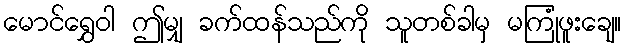
မောင်ရွှေဝါ ဤမျှ ခက်ထန်သည်ကို သူတစ်ခါမှ မကြုံဖူးချေ။